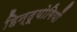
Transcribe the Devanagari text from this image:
हिन्दूयोगियों